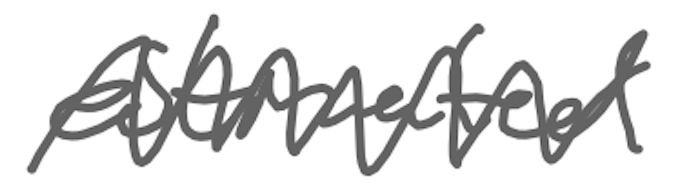
Text: estimated
Cross-out: zig-zag
Writing tool: digital_gray